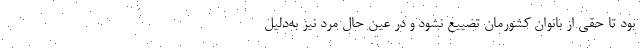
بود تا حقی از بانوان کشورمان تضییع نشود و در عین حال مرد نیز به‌دلیل